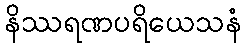
နိဿရဏပရိယေသနံ